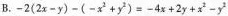
B.$$- 2 ( 2 x - y ) - ( - x ^ { 2 } + y ^ { 2 } ) = - 4 x + 2 y + x ^ { 2 } - y ^ { 2 }$$